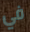
في